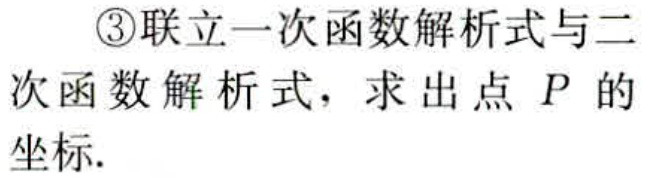
\textcircled{3}联立一次函数解析式与二次函数解析式，求出点 \(P\) 的坐标.